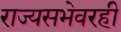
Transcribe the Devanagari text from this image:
राज्यसभेवरही